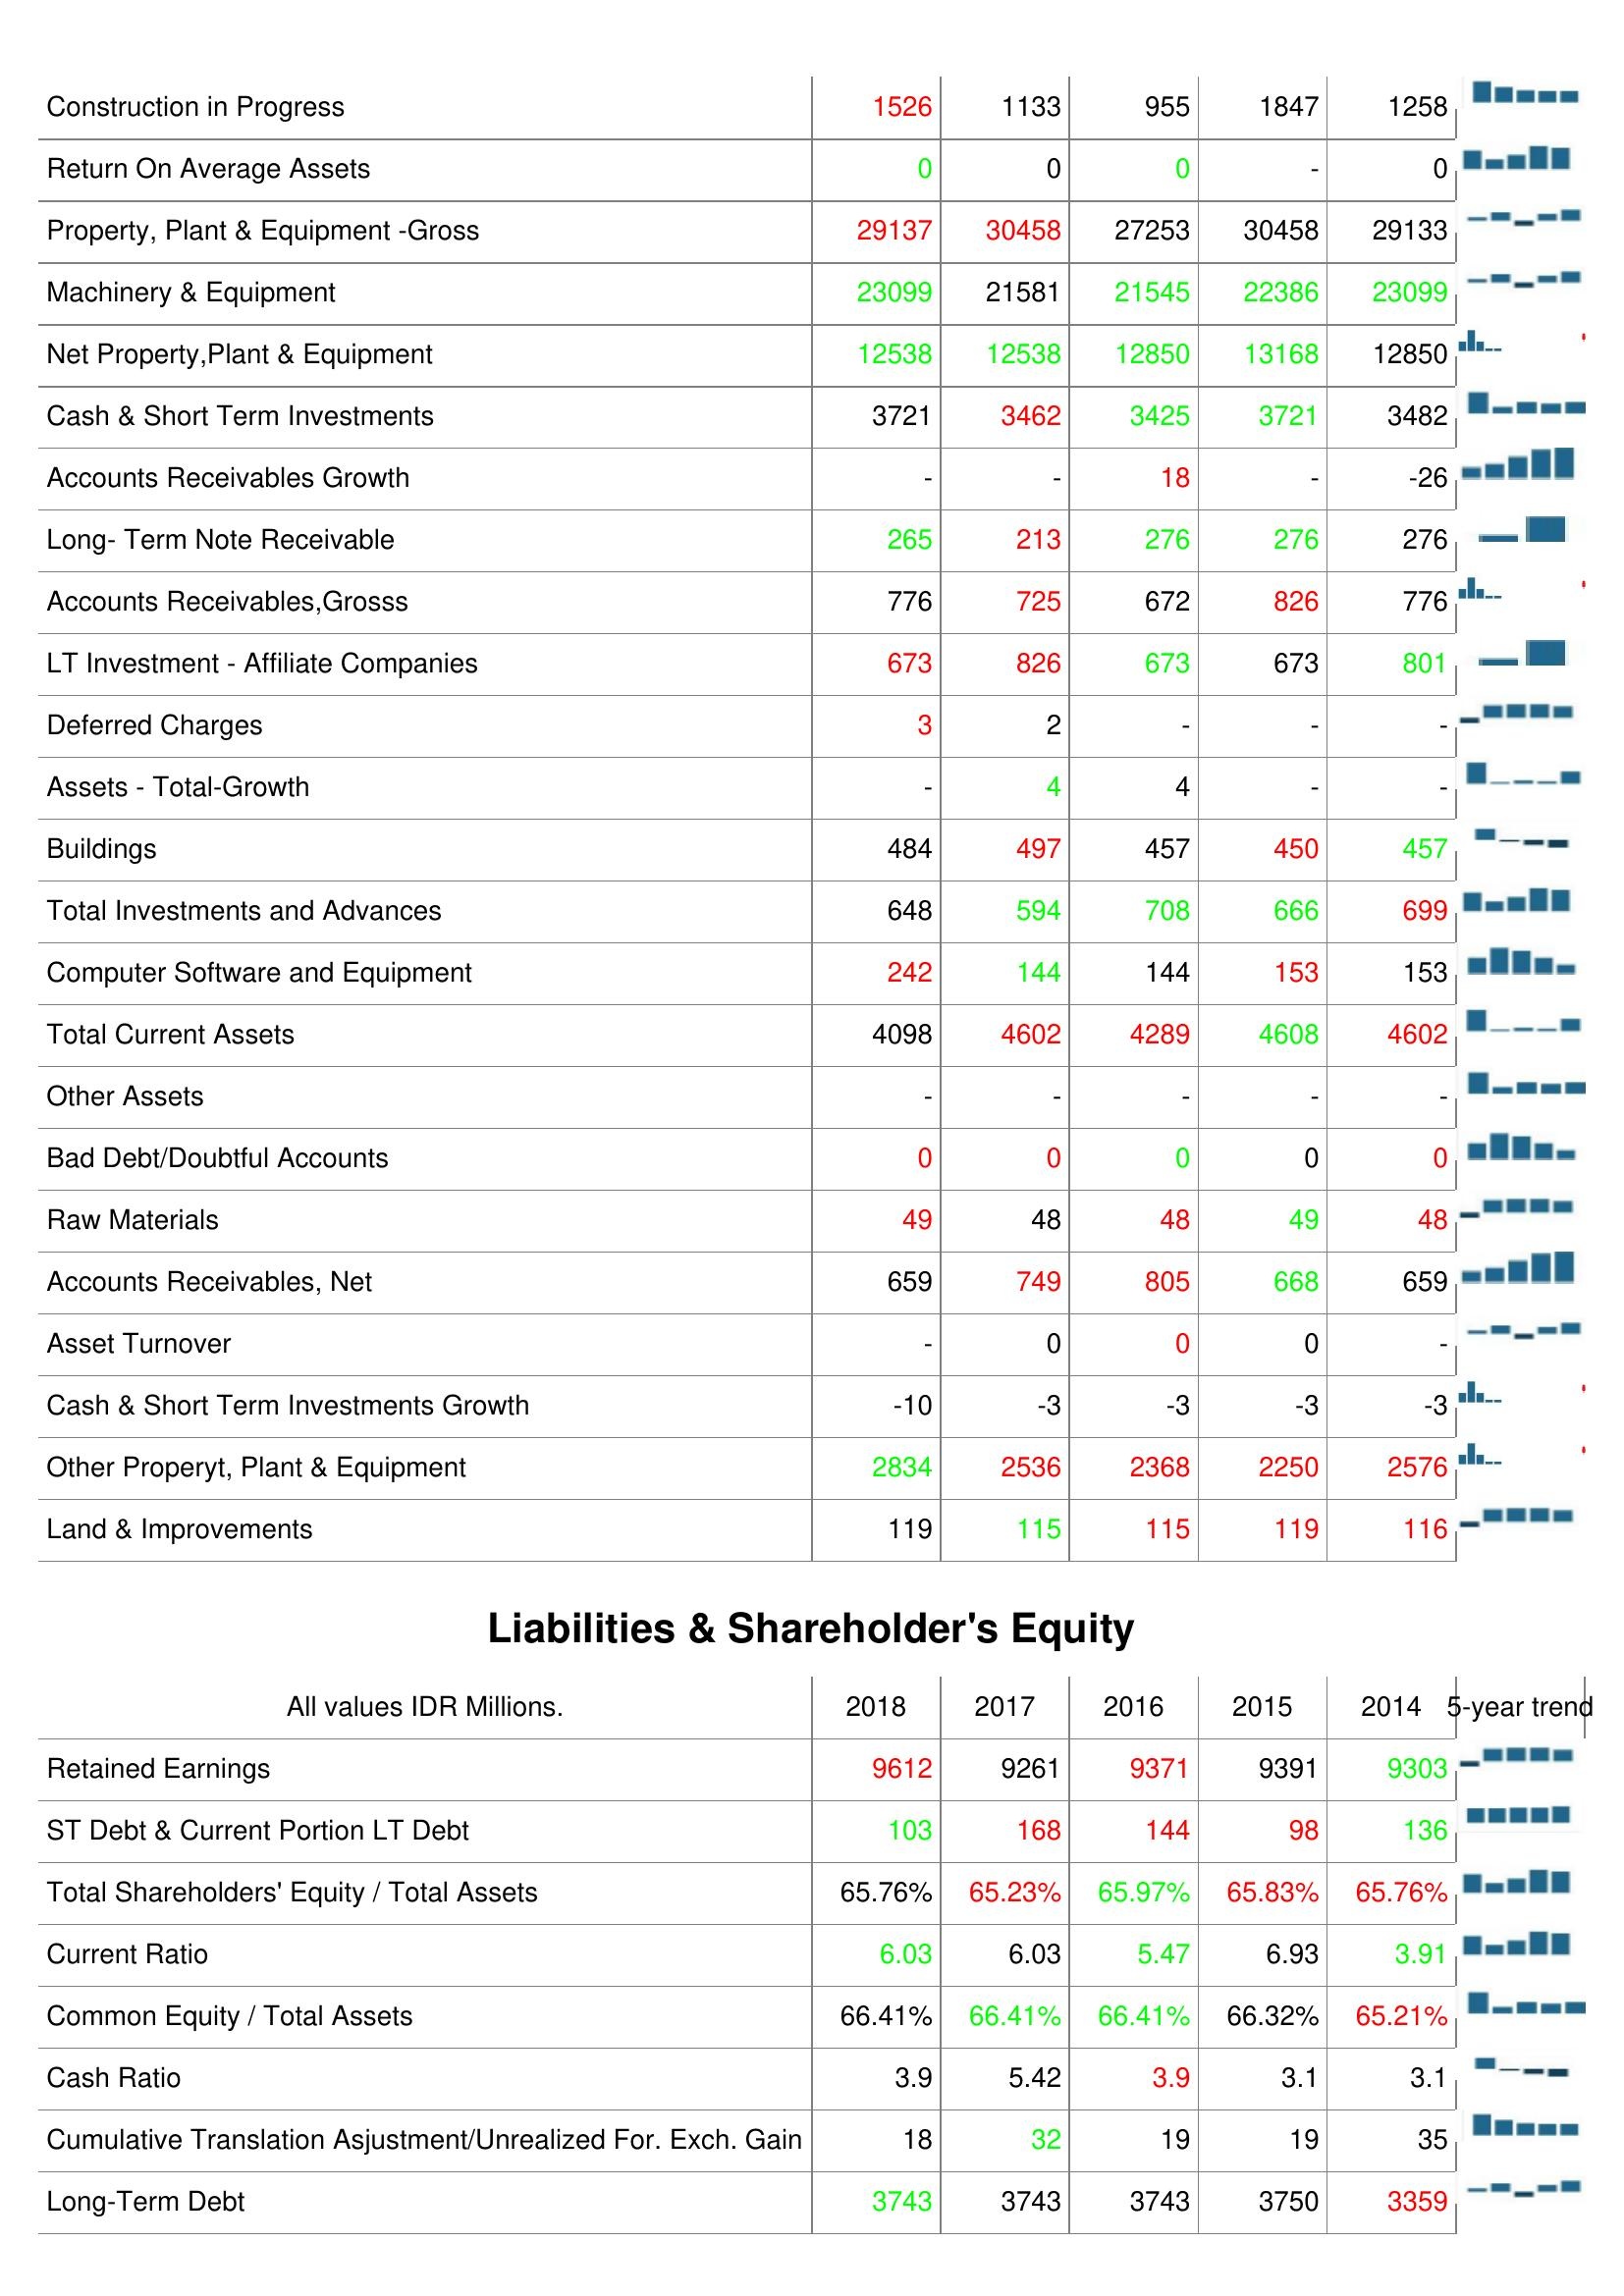
2018: Assets: Construction in Progress: 1526
Return On Average Assets: 0
Property, Plant & Equipment -Gross: 29137
Machinery & Equipment: 23099
Net Property,Plant & Equipment: 12538
Cash & Short Term Investments: 3721
Accounts Receivables Growth: -
Long- Term Note Receivable: 265
Accounts Receivables,Grosss: 776
LT Investment - Affiliate Companies: 673
Deferred Charges: 3
Assets - Total-Growth: -
Buildings: 484
Total Investments and Advances: 648
Computer Software and Equipment: 242
Total Current Assets: 4098
Other Assets: -
Bad Debt/Doubtful Accounts: 0
Raw Materials: 49
Accounts Receivables, Net: 659
Asset Turnover: -
Cash & Short Term Investments Growth: -10
Other Properyt, Plant & Equipment: 2834
Land & Improvements: 119
Liabilities & Shareholder's Equity: Retained Earnings: 9612
ST Debt & Current Portion LT Debt: 103
Total Shareholders' Equity / Total Assets: 65.76%
Current Ratio: 6.03
Common Equity / Total Assets: 66.41%
Cash Ratio: 3.9
Cumulative Translation Asjustment/Unrealized For. Exch. Gain: 18
Long-Term Debt: 3743
2017: Assets: Construction in Progress: 1133
Return On Average Assets: 0
Property, Plant & Equipment -Gross: 30458
Machinery & Equipment: 21581
Net Property,Plant & Equipment: 12538
Cash & Short Term Investments: 3462
Accounts Receivables Growth: -
Long- Term Note Receivable: 213
Accounts Receivables,Grosss: 725
LT Investment - Affiliate Companies: 826
Deferred Charges: 2
Assets - Total-Growth: 4
Buildings: 497
Total Investments and Advances: 594
Computer Software and Equipment: 144
Total Current Assets: 4602
Other Assets: -
Bad Debt/Doubtful Accounts: 0
Raw Materials: 48
Accounts Receivables, Net: 749
Asset Turnover: 0
Cash & Short Term Investments Growth: -3
Other Properyt, Plant & Equipment: 2536
Land & Improvements: 115
Liabilities & Shareholder's Equity: Retained Earnings: 9261
ST Debt & Current Portion LT Debt: 168
Total Shareholders' Equity / Total Assets: 65.23%
Current Ratio: 6.03
Common Equity / Total Assets: 66.41%
Cash Ratio: 5.42
Cumulative Translation Asjustment/Unrealized For. Exch. Gain: 32
Long-Term Debt: 3743
2016: Assets: Construction in Progress: 955
Return On Average Assets: 0
Property, Plant & Equipment -Gross: 27253
Machinery & Equipment: 21545
Net Property,Plant & Equipment: 12850
Cash & Short Term Investments: 3425
Accounts Receivables Growth: 18
Long- Term Note Receivable: 276
Accounts Receivables,Grosss: 672
LT Investment - Affiliate Companies: 673
Deferred Charges: -
Assets - Total-Growth: 4
Buildings: 457
Total Investments and Advances: 708
Computer Software and Equipment: 144
Total Current Assets: 4289
Other Assets: -
Bad Debt/Doubtful Accounts: 0
Raw Materials: 48
Accounts Receivables, Net: 805
Asset Turnover: 0
Cash & Short Term Investments Growth: -3
Other Properyt, Plant & Equipment: 2368
Land & Improvements: 115
Liabilities & Shareholder's Equity: Retained Earnings: 9371
ST Debt & Current Portion LT Debt: 144
Total Shareholders' Equity / Total Assets: 65.97%
Current Ratio: 5.47
Common Equity / Total Assets: 66.41%
Cash Ratio: 3.9
Cumulative Translation Asjustment/Unrealized For. Exch. Gain: 19
Long-Term Debt: 3743
2015: Assets: Construction in Progress: 1847
Return On Average Assets: -
Property, Plant & Equipment -Gross: 30458
Machinery & Equipment: 22386
Net Property,Plant & Equipment: 13168
Cash & Short Term Investments: 3721
Accounts Receivables Growth: -
Long- Term Note Receivable: 276
Accounts Receivables,Grosss: 826
LT Investment - Affiliate Companies: 673
Deferred Charges: -
Assets - Total-Growth: -
Buildings: 450
Total Investments and Advances: 666
Computer Software and Equipment: 153
Total Current Assets: 4608
Other Assets: -
Bad Debt/Doubtful Accounts: 0
Raw Materials: 49
Accounts Receivables, Net: 668
Asset Turnover: 0
Cash & Short Term Investments Growth: -3
Other Properyt, Plant & Equipment: 2250
Land & Improvements: 119
Liabilities & Shareholder's Equity: Retained Earnings: 9391
ST Debt & Current Portion LT Debt: 98
Total Shareholders' Equity / Total Assets: 65.83%
Current Ratio: 6.93
Common Equity / Total Assets: 66.32%
Cash Ratio: 3.1
Cumulative Translation Asjustment/Unrealized For. Exch. Gain: 19
Long-Term Debt: 3750
2014: Assets: Construction in Progress: 1258
Return On Average Assets: 0
Property, Plant & Equipment -Gross: 29133
Machinery & Equipment: 23099
Net Property,Plant & Equipment: 12850
Cash & Short Term Investments: 3482
Accounts Receivables Growth: -26
Long- Term Note Receivable: 276
Accounts Receivables,Grosss: 776
LT Investment - Affiliate Companies: 801
Deferred Charges: -
Assets - Total-Growth: -
Buildings: 457
Total Investments and Advances: 699
Computer Software and Equipment: 153
Total Current Assets: 4602
Other Assets: -
Bad Debt/Doubtful Accounts: 0
Raw Materials: 48
Accounts Receivables, Net: 659
Asset Turnover: -
Cash & Short Term Investments Growth: -3
Other Properyt, Plant & Equipment: 2576
Land & Improvements: 116
Liabilities & Shareholder's Equity: Retained Earnings: 9303
ST Debt & Current Portion LT Debt: 136
Total Shareholders' Equity / Total Assets: 65.76%
Current Ratio: 3.91
Common Equity / Total Assets: 65.21%
Cash Ratio: 3.1
Cumulative Translation Asjustment/Unrealized For. Exch. Gain: 35
Long-Term Debt: 3359